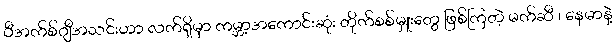
ပီအက်စ်ဂျီအသင်းဟာ လက်ရှိမှာ ကမ္ဘာ့အကောင်းဆုံး တိုက်စစ်မှူးတွေ ဖြစ်ကြတဲ့ မက်ဆီ ၊ နေမာနဲ့